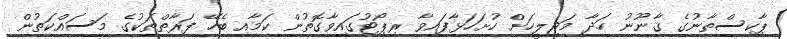
ޕާކިސްތާނުގެ ޤާނޫނު ހަދާ މަޖިލީހަށް ހުށަހަޅާފައިވާ ރިޕޯޓުގައިވާގޮތުން ކަމާއި ބެހޭ ފަރާތްތަކުގެ މަސައްކަތުން